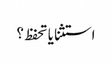
استثنا یا تحفظ ؟